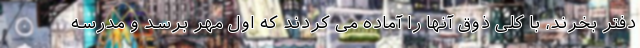
دفتر بخرند، با کلی ذوق آنها را آماده می کردند که اول مهر برسد و مدرسه